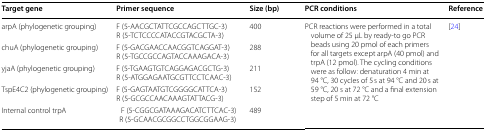
<table><thead><tr><td><b>Target gene</b></td><td><b>Primer sequence</b></td><td><b>Size (bp)</b></td><td><b>PCR conditions</b></td><td><b>Reference</b></td></tr></thead><tbody><tr><td>arpA (phylogenetic grouping)</td><td>F (5-AACGCTATTCGCCAGCTTGC-3)R (5-TCTCCCCATACCGTACGCTA-3)</td><td>400</td><td rowspan="5">PCR reactions were performed in a total volume of 25 μL by ready-to go PCR beads using 20 pmol of each primers for all targets except arpA (40 pmol) and trpA (12 pmol). The cycling conditions were as follow: denaturation 4 min at 94 °C, 30 cycles of 5 s at 94 °C and 20 s at 59 °C, 20 s at 72 °C and a final extension step of 5 min at 72 °C</td><td rowspan="5">[24]</td></tr><tr><td>chuA (phylogenetic grouping)</td><td>F (5-GACGAACCAACGGTCAGGAT-3)R (5-TGCCGCCAGTACCAAAGACA-3)</td><td>288</td></tr><tr><td>yjaA (phylogenetic grouping)</td><td>F (5-TGAAGTGTCAGGAGACGCTG-3)R (5-ATGGAGAATGCGTTCCTCAAC-3)</td><td>211</td></tr><tr><td>TspE4C2 (phylogenetic grouping)</td><td>F (5-GAGTAATGTCGGGGCATTCA-3)R (5-GCGCCAACAAAGTATTACG-3)</td><td>152</td></tr><tr><td>Internal control trpA</td><td> F (5-CGGCGATAAAGACATCTTCAC-3)R (5-GCAACGCGGCCTGGCGGAAG-3)</td><td>489</td></tr></tbody></table>